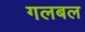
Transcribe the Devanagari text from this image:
गलबल